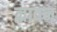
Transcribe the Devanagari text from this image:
ज़्रावन